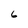
Character: 6